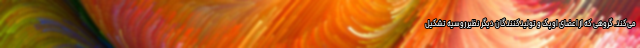
می‌کند. گروهی که از اعضای اوپک و تولیدکنندگان دیگر نظیر روسیه تشکیل